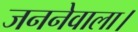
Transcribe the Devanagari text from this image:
जननेवाला।